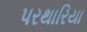
પરથારિયા